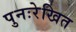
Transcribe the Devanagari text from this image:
पुनःरेखित